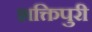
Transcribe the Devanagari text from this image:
शक्तिपुरी